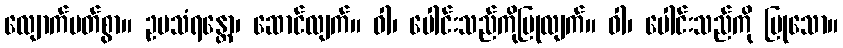
လျောက်ပတ်စွာ။ ဥပသံရန္တော၊ ဆောင်လျက်။ ဝါ၊ ပေါင်းသည်ကိုပြုလျက်။ ဝါ၊ ပေါင်းသည်ကို ပြုသော။